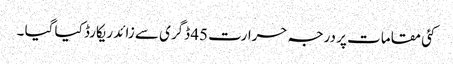
کئی مقامات پر درجہ حرارت 45 ڈگری سے زائد ریکارڈ کیا گیا ۔